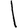
Digit: 1